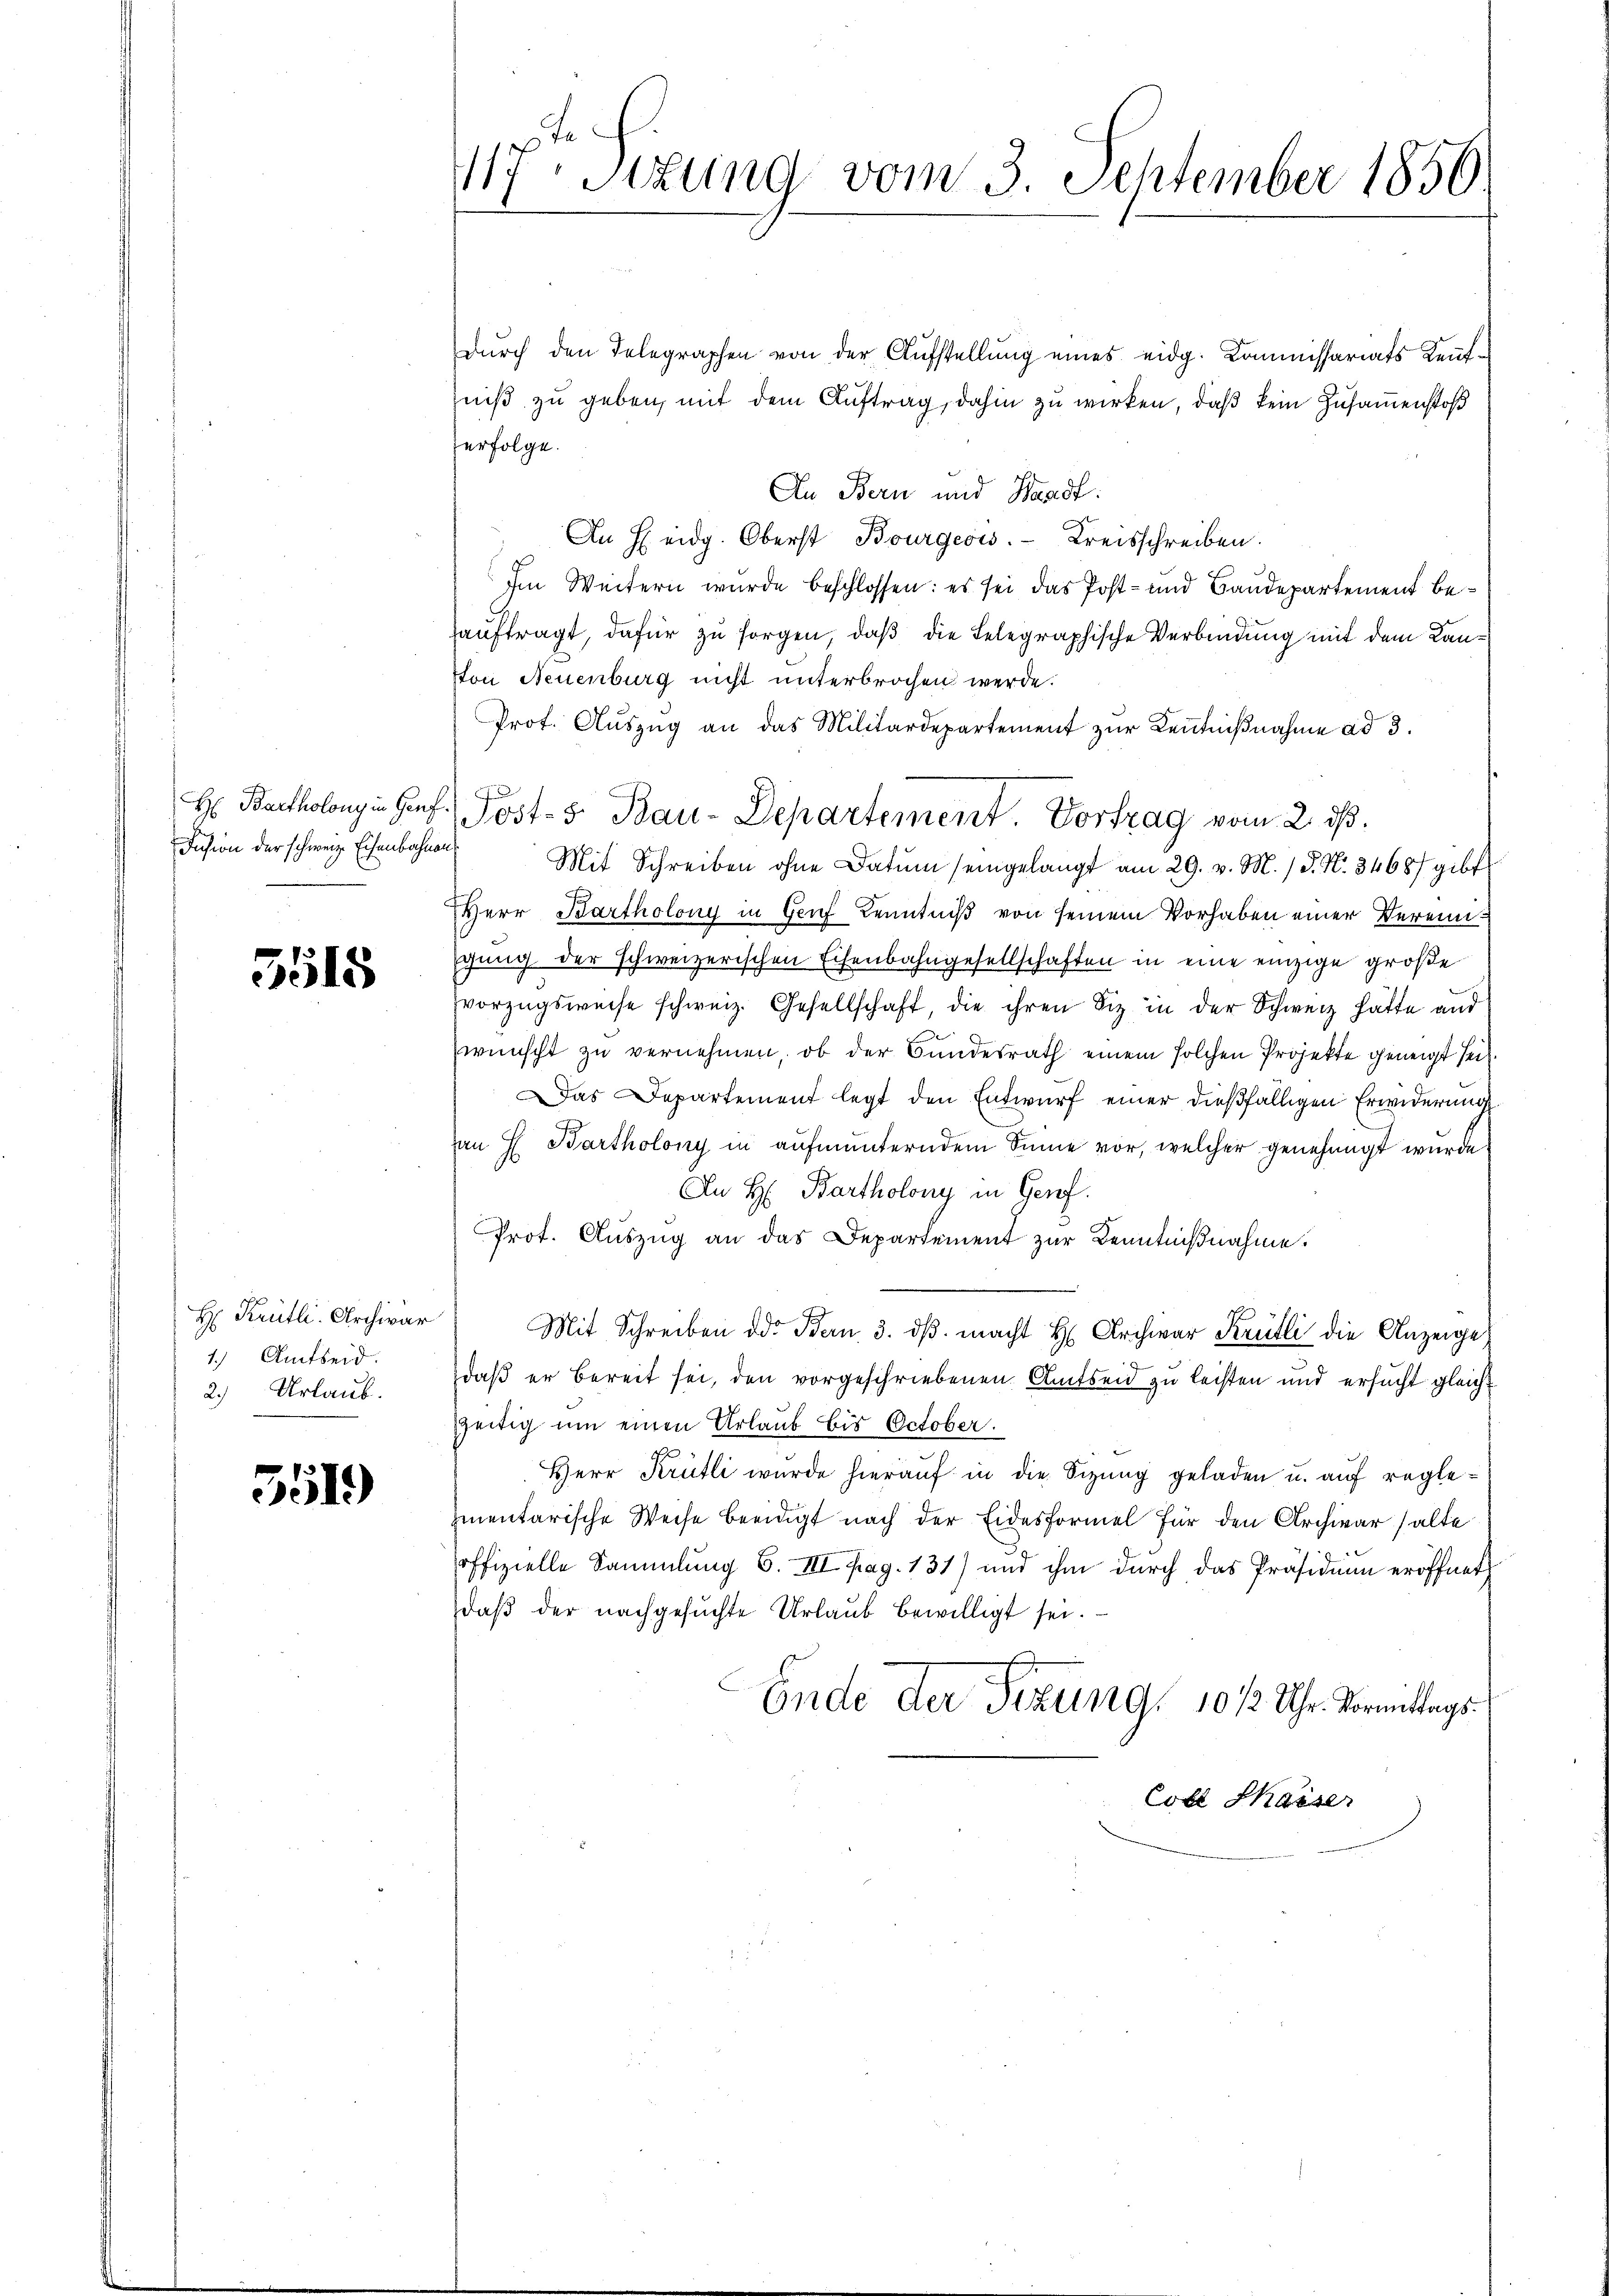
Hr: Bartholony in Genf
Insion der schweiz. Eisenbahns

3515

H: Krütli. Archivar
1.) Amtseid.
2.) Urlaub.

5519

e
117. Sezung vom 3. September 1856

dŭrch den Telegraphen von der Aufstellung eines eidg. Kommissariats Kenntniβ zŭ geben, mit dem Auftrag, dahin zu wirken, daß kein Zusammenstoß
erfolge.
An Bern und Bandf.
An H eidg. Oberst Bourgeois. Kreisschreiben.
Im Weitern wurde beschlossen: es sei das Post- und Baudepartement beauftragt, dafür zu sorgen, daß die Telegraphische Verbindung mit dem Kanton Neuenburg nicht unterbrochen werde.
Prof. Auszug an das Militärdepartement zur Kenntnißnahme ad 3.
Mit Schreiben ohne Datum seingelangt am 29. v. M. / P. Nr. 34687 gibt
Herr Bartholony in Genf Kenntniß von seinem Vorhaben einer Vereinisgang der schweizerischen Eisenbahngesellschaften in eine einzige große
vorzugsweise schweiz. Gesellschaft, die ihren Siz in der Schweiz hätte aus
wünscht zu vernehmen, ob der Bundesrath einem solchen Projekte geneigt sei.
Das Departement legt den Entwurf einer dießfälligen Erwiderung
an H. Bartholony in aufmunterndem Sinne vor, welcher genehmigt wurde
An H: Bartholony in Gerof.
Prot. Auszug an das Departement zur Kenntnißnahme.
Mit Schreiben der Bern, 3. dβ macht H. Archwar Krülli die Anzeige
daß er bereit sei, den vorgeschriebenen Amtseid zu leisten und ersucht gleichzeitig um einen Urlaub bis October.
Herr Krütli wurde hierauf in die Sizung geladen u. auf reglementarische Weise beeidigt nach der Eidesformel für den Archivar halte
offizielle Sammlung 6. III. pag. 131) und ihm durch das Präsidium eröffnet
daβ der nachgesŭchte Urlaŭb bewilligt sei.
Ende der Sitzung, 10 1/2 Uhr. Vormittags.
Cobl Kaiser

J
Jost- 5. Bau-Departement. Vortrag vom 2. ds.